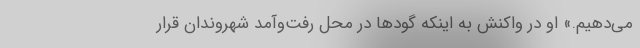
می‌دهیم.» او در واکنش به اینکه گودها در محل رفت‌وآمد شهروندان قرار